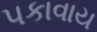
પકાવાય